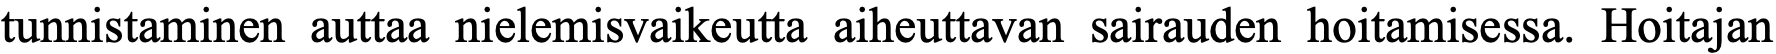
tunnistaminen auttaa nielemisvaikeutta aiheuttavan sairauden hoitamisessa. Hoitajan